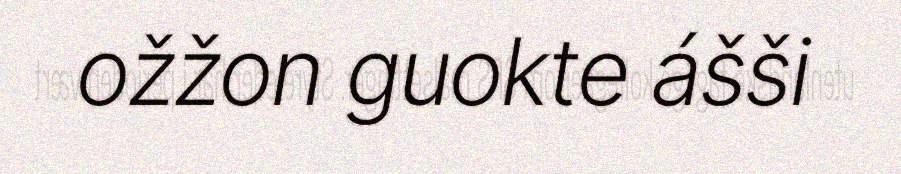
ožžon guokte ášši